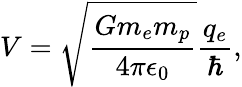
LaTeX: V=\sqrt{\frac{Gm_{e}m_{p}}{4\pi\epsilon_{0}}}\frac{q_{e}}{\hbar},